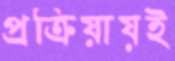
প্রক্রিয়ায়ই